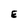
Character: E